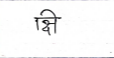
मजकूर: क्षि